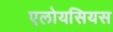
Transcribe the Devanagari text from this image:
एलोयसियस